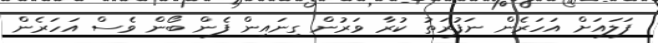
ފަލައަށް އަހަރެން ނަފުރަތު ކުރާ ވަރުން ގިނައިން ފެން ބޯން ވެސް އަހަރެން